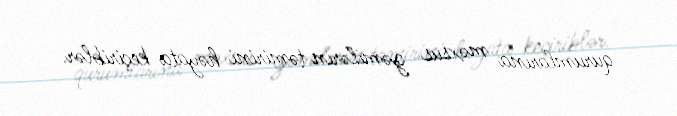
qurumlarına məxsus gəmilərin təmirini həyata keçiriblər.